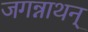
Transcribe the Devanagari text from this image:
जगन्नाथन्